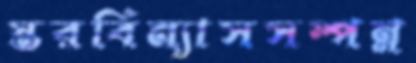
স্তরবিন্যাসসম্পন্ন